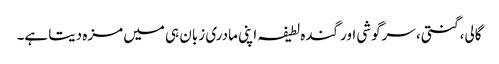
گالی، گنتی، سرگوشی اور گندہ لطیفہ اپنی مادری زبان ہی میں مزہ دیتا ہے۔